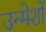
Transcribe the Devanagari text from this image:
उन्मेशों